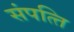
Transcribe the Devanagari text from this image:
संपत्‍ति